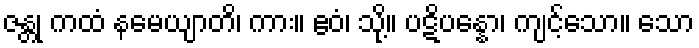
ဇန္တု ကထံ နမေယျာတိ၊ ကား။ ဧဝံ၊ သို့။ ပဋိပန္နော၊ ကျင့်သော။ သော